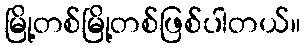
မြို့တစ်မြို့တစ်ဖြစ်ပါတယ်။